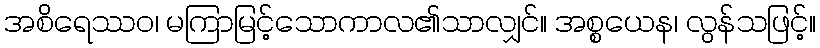
အစိရေဿဝ၊ မကြာမြင့်သောကာလ၏သာလျှင်။ အစ္စယေန၊ လွန်သဖြင့်။